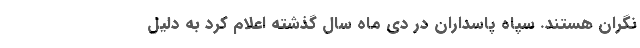
نگران هستند. سپاه پاسداران در دی ماه سال گذشته اعلام کرد به دلیل